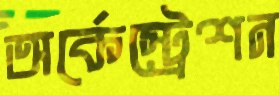
অর্কেস্ট্রেশন